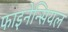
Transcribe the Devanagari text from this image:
फाइनेन्सियल